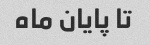
تا پایان ماه